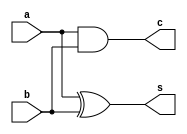
`timescale 1ns / 1ps
//////////////////////////////////////////////////////////////////////////////////
// Company: 
// Engineer: 
// 
// Design Name: 
// Module Name:    halfadder 
// Project Name: 
// Target Devices: 
// Tool versions: 
// Description: 
//
// Dependencies: 
//
// Revision: 
// Revision 0.01 - File Created
// Additional Comments: 
//
//////////////////////////////////////////////////////////////////////////////////
module halfadder(
    input a,b,
    output s,c
    );
	 assign s =a^b;
	 assign c =a&b;


endmodule